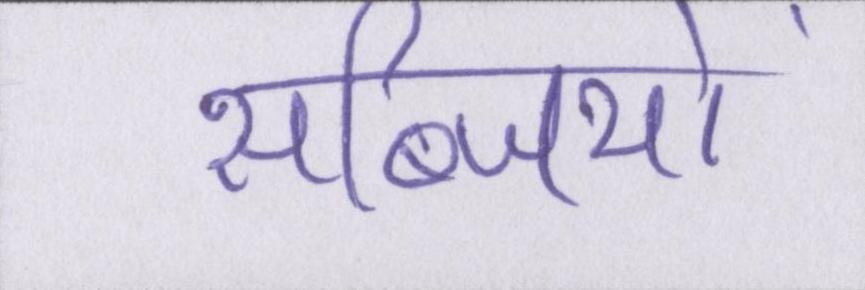
सब्जियों